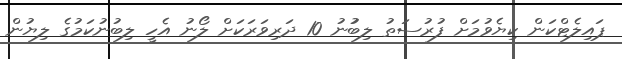
ޕައިލެޓްކަން ކިޔެވުމަށް ފުރުސަތު ލިބުުނު 10 ދަރިވަރަކަށް ލޯނު އެހީ ލިބުނުކަމުގެ ލިޔުން